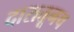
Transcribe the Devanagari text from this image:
दारातूनच